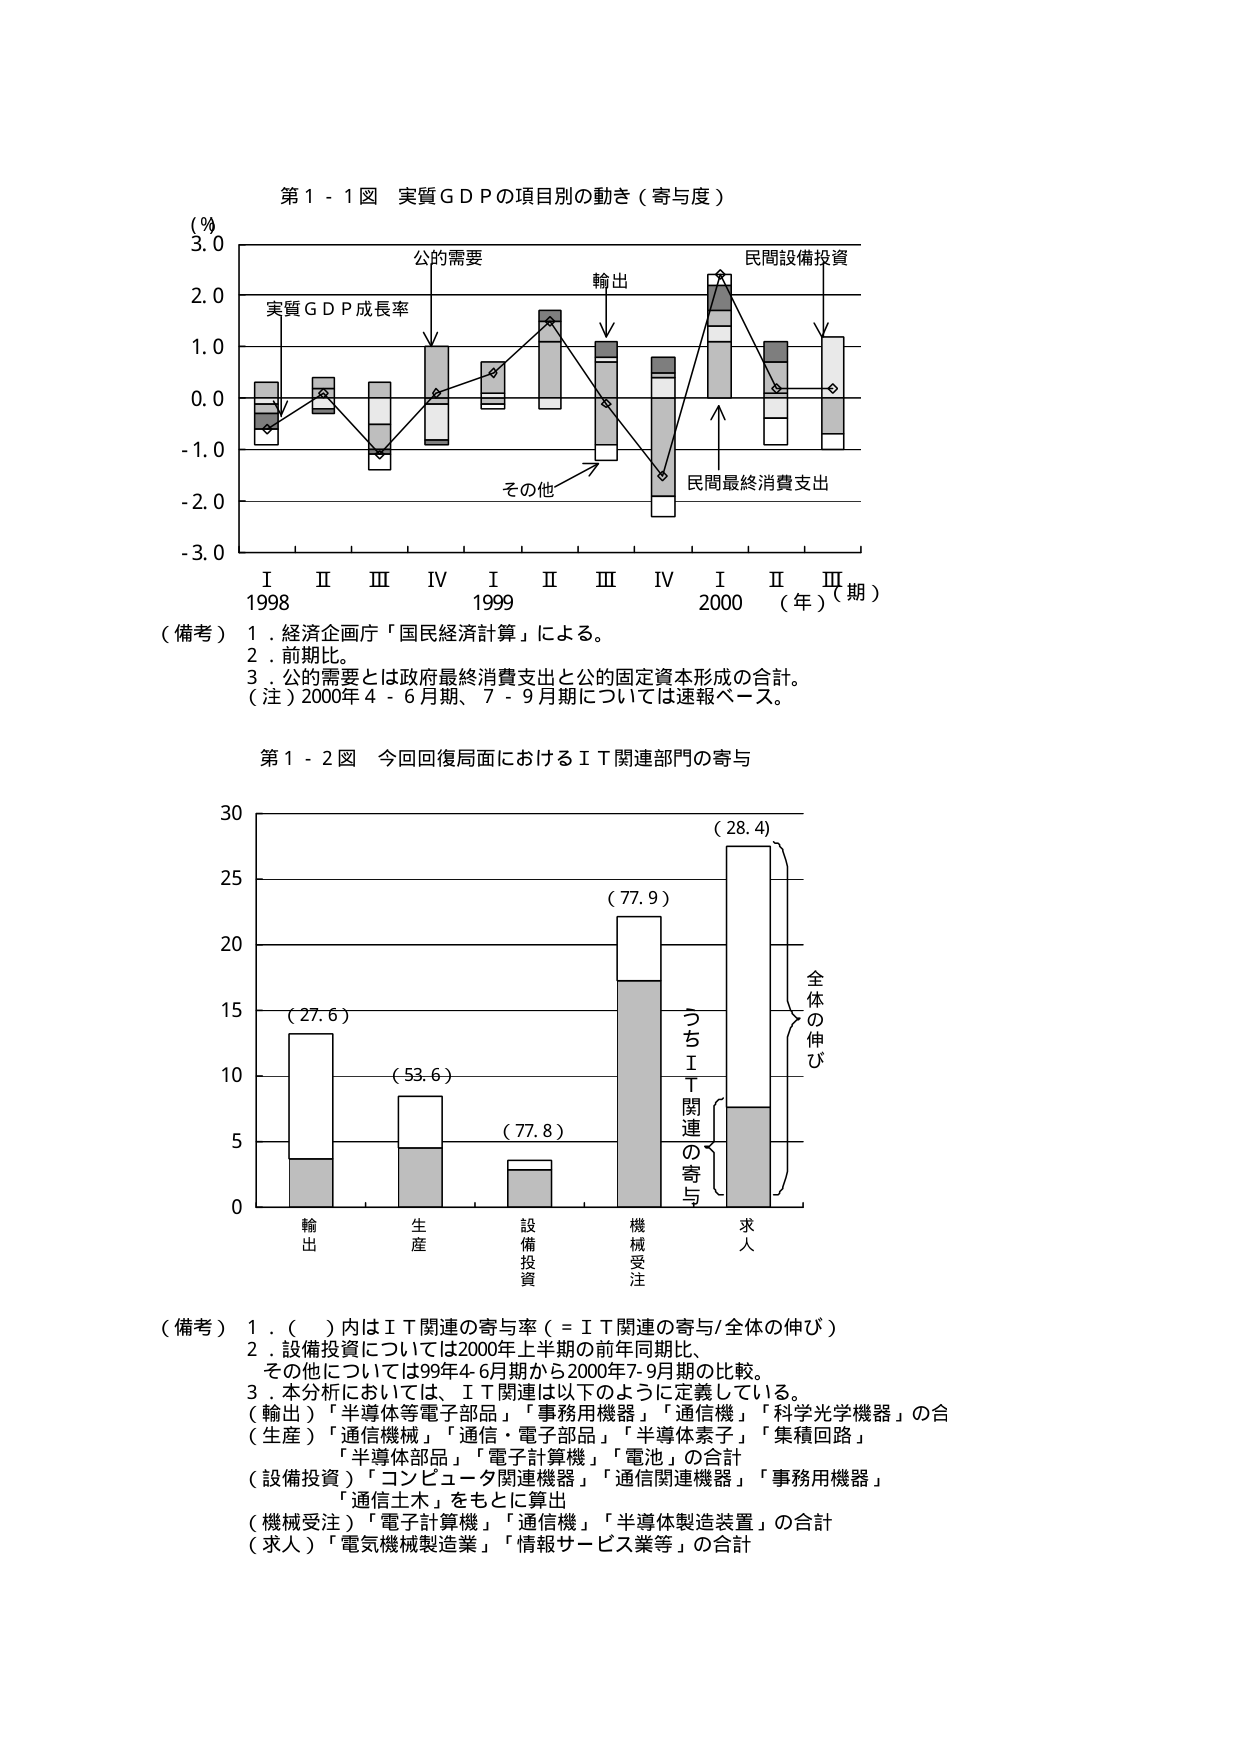
第１－１図 実質ＧＤＰの項目別の動き（寄与度）

（％）
3.0
2.0
1.0
0.0
-1.0
-2.0
-3.0

公的需要
輸出
民間設備投資
実質ＧＤＰ成長率
その他
民間最終消費支出

Ｉ　Ⅱ　Ⅲ　Ⅳ　Ｉ　Ⅱ　Ⅲ　Ⅳ　Ｉ　Ⅱ　Ⅲ
1998　　　　　1999　　　　　2000　（年）（期）

（備考）１．経済企画庁「国民経済計算」による。
　　　　２．前期比。
　　　　３．公的需要とは政府最終消費支出と公的固定資本形成の合計。
　　　　（注）2000年4－6月期、7－9月期については速報ベース。

第１－２図 今回回復局面におけるＩＴ関連部門の寄与

30
25
20
15
10
5
0

（27.6）
（53.6）
（77.8）
（77.9）
（28.4）

輸出　生産　設備投資　機械受注　求人

つちＩＴ関連の寄与
全体の伸び

（備考）１．（　）内はＩＴ関連の寄与率（＝ＩＴ関連の寄与/全体の伸び）
　　　　２．設備投資については2000年上半年期の前年同期比、
　　　　　その他については99年4-6月期から2000年7-9月期の比較。
　　　　３．本分析においては、ＩＴ関連は以下のように定義している。
　　　　　（輸出）「半導体等電子部品」「事務用機器」「通信機」「科学光学機器」の合
　　　　　（生産）「通信機械」「通信・電子部品」「半導体素子」「集積回路」
　　　　　　　　「半導体部品」「電子計算機」「電池」の合計
　　　　　（設備投資）「コンピュータ関連機器」「通信関連機器」「事務用機器」
　　　　　　　　　　「通信土木」をもとに算出
　　　　　（機械受注）「電子計算機」「通信機」「半導体製造装置」の合計
　　　　　（求人）「電気機械製造業」「情報サービス業等」の合計